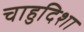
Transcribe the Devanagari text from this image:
चाहुदिशा